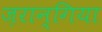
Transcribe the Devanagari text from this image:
ज़रान्गिया